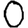
Digit: 0